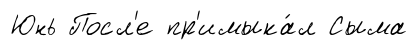
Юнь Посл'е пр'имыка́л Сыма